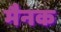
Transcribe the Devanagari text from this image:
मैनक